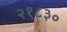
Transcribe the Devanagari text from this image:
२१८३०